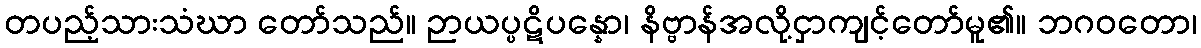
တပည့်သားသံဃာ တော်သည်။ ဉာယပ္ပဋိပန္နော၊ နိဗ္ဗာန်အလို့ငှာကျင့်တော်မူ၏။ ဘဂဝတော၊